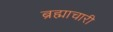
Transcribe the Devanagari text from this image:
ब्रह्माचारी